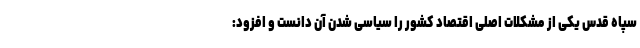
سپاه قدس یکی از مشکلات اصلی اقتصاد کشور را سیاسی شدن آن دانست و افزود: